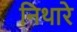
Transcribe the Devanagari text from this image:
निथारे